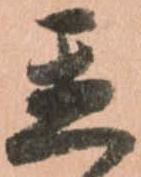
置